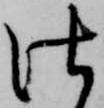
仕